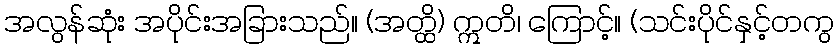
အလွန်ဆုံး အပိုင်းအခြားသည်။ (အတ္ထိ) ဣတိ၊ ကြောင့်။ (သင်းပိုင်နှင့်တကွ